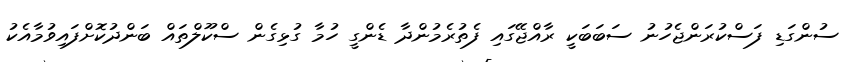
ސުންގަޑި ފަސްކުރަންޖެހުނު ސަބަބަކީ ރާއްޖޭގައި ފެތުރެމުންދާ ޑެންގީ ހުމާ ގުޅިގެން ސްކޫލްތައް ބަންދުކޮށްފައިވުމާއެކު